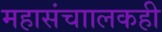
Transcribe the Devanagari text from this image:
महासंचाालकही